Leaving Certificate Examination, 1912
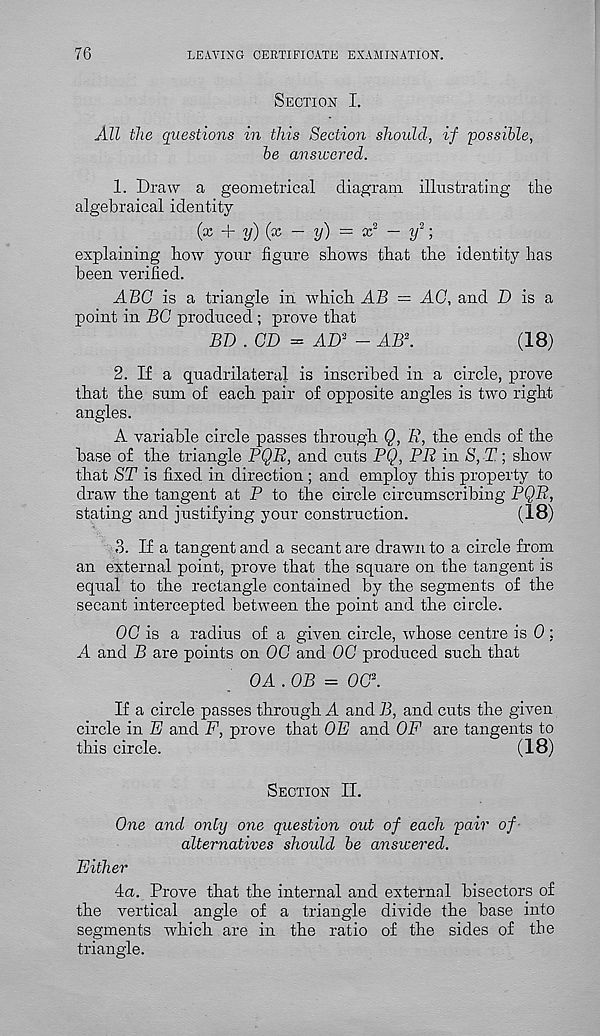
76
LEAVING CERTIFICATE EXAMINATION.
Section I.
All the questions in this Section should, if possible,
be answered.
1. Draw a geometrical diagram illustrating the
algebraical identity
(x + y) (x - y) = x 2 - y 2 ;
explaining how your figure shows that the identity has
been verified.
ABC is a triangle in which AB = AG, and D is a
point in BG produced ; prove that
BD . CD — AD 2 - AB 2 .
(18)
2. If a quadrilateral is inscribed in a circle, prove
that the sum of each pair of opposite angles is two right
angles.
A variable circle passes through Q, R, the ends of the
base of the triangle PQR, and cuts PQ, PR in S, T; show
that ST is fixed in direction ; and employ this property to
draw the tangent at P to the circle circumscribing PQR,
stating and justifying your construction.
(18)
3. If a tangent and a secant are drawn to a circle from
an external point, prove that the square on the tangent is
equal to the rectangle contained by the segments of the
secant intercepted between the point and the circle.
OG is a radius of a given circle, whose centre is 0 ;
A and B are points on OG and OG produced such that
OA .OB — OG 2 .
If a circle passes through A and B, and cuts the given
circle in E and F, prove that OE and OF are tangents to
this circle.
(18)
Section II.
One and only one question out of each pair of
alternatives should be answered.
Either
4a. Prove that the internal and external bisectors of
the vertical angle of a triangle divide the base into
segments which are in the ratio of the sides of the
triangle.